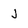
Character: J